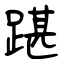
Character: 踸